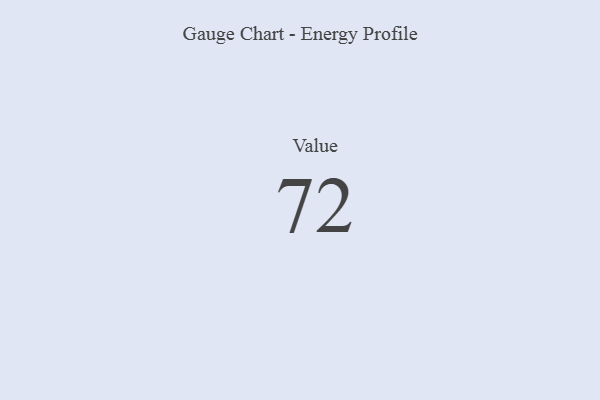
{"axis": {"x": "Metric", "y": "Value"}, "legend": [""], "data": [{"x": "Value", "y": 72, "type": ""}]}